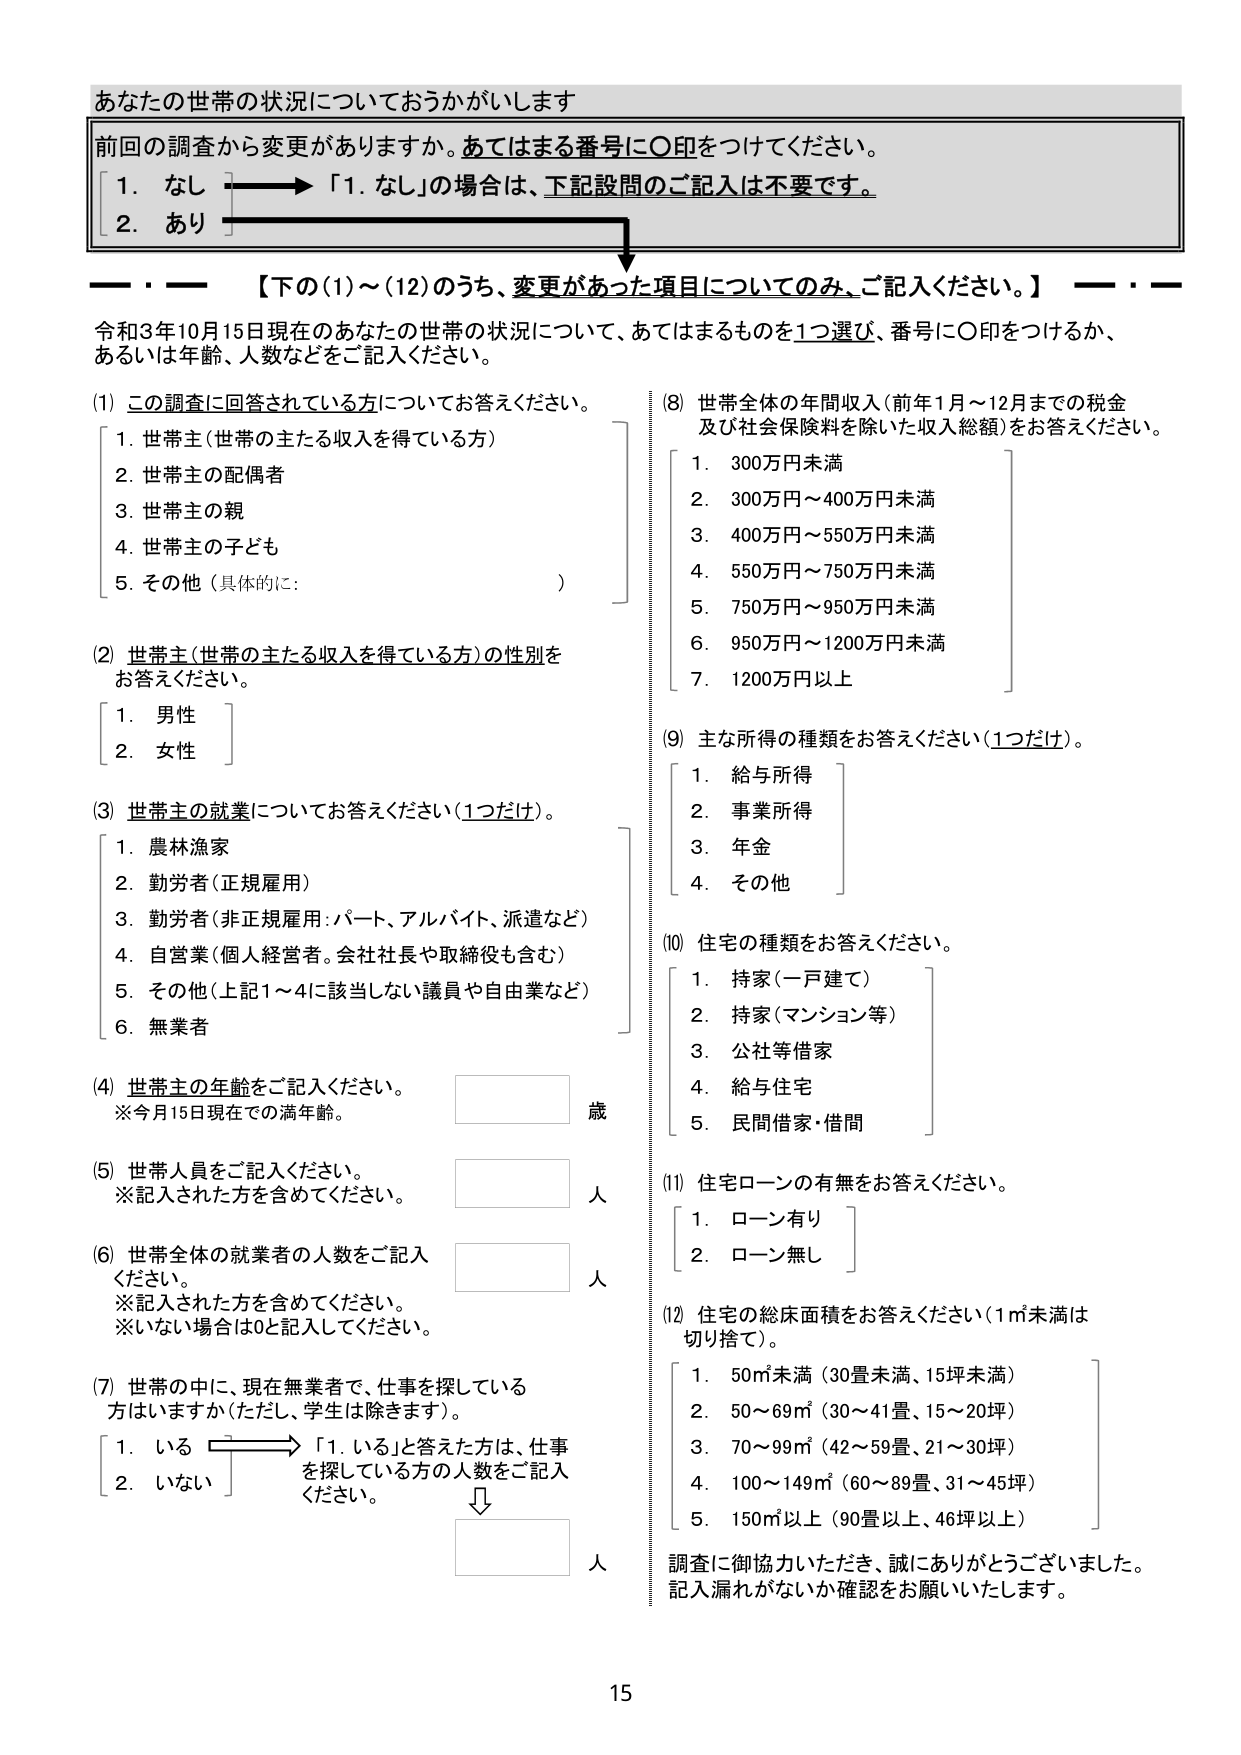
あなたの世帯の状況についておうかがいします
前回の調査から変更がありますか。あてはまる番号に○印をつけてください。
[ 1. なし ] → 「1. なし」の場合、下記設問のご記入は不要です。
[ 2. あり ]

――・―― 【下の(1)～(12)のうち、変更があった項目についてのみ、ご記入ください。】 ――・――

令和3年10月15日現在のあなたの世帯の状況について、あてはまるものを1つ選び、番号に○印をつけるか、あるいは年齢、人数などをご記入ください。

(1) この調査に回答されている方についてお答えください。
[ 1. 世帯主（世帯の主たる収入を得ている方） ]
[ 2. 世帯主の配偶者 ]
[ 3. 世帯主の親 ]
[ 4. 世帯主の子ども ]
[ 5. その他（具体的に：　　　　　　　　　　　　） ]

(2) 世帯主（世帯の主たる収入を得ている方）の性別をお答えください。
[ 1. 男性 ]
[ 2. 女性 ]

(3) 世帯主の就業についてお答えください（1つだけ）。
[ 1. 農林漁家 ]
[ 2. 勤労者（正規雇用） ]
[ 3. 勤労者（非正規雇用：パート、アルバイト、派遣など） ]
[ 4. 自営業（個人経営者。会社社長や取締役も含む） ]
[ 5. その他（上記1～4に該当しない議員や自由業など） ]
[ 6. 無業者 ]

(4) 世帯主の年齢をご記入ください。
※今月15日現在での満年齢。